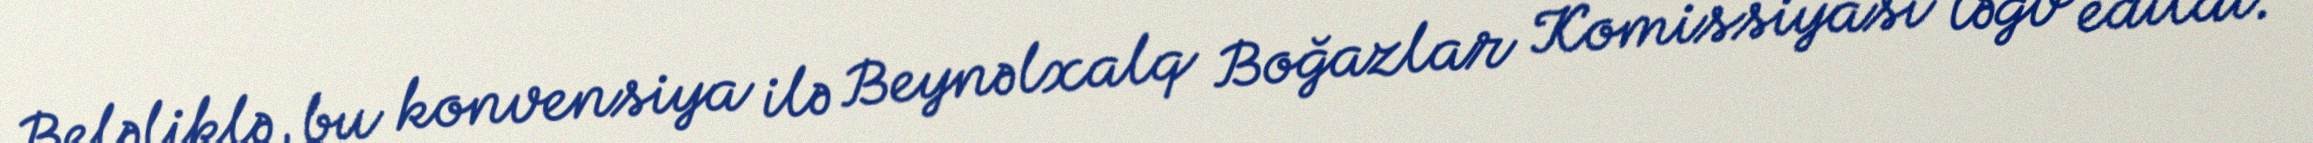
Beləliklə, bu konvensiya ilə Beynəlxalq Boğazlar Komissiyası ləğv edildi.